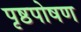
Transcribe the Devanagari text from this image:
पृष्ठपोषण